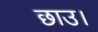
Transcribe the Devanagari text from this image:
छाउ।